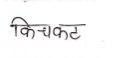
मजकूर: किचकट